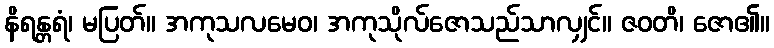
နိရန္တရံ၊ မပြတ်။ အကုသလမေဝ၊ အကုသိုလ်ဇောသည်သာလျှင်။ ဇဝတိ၊ ဇော၏။